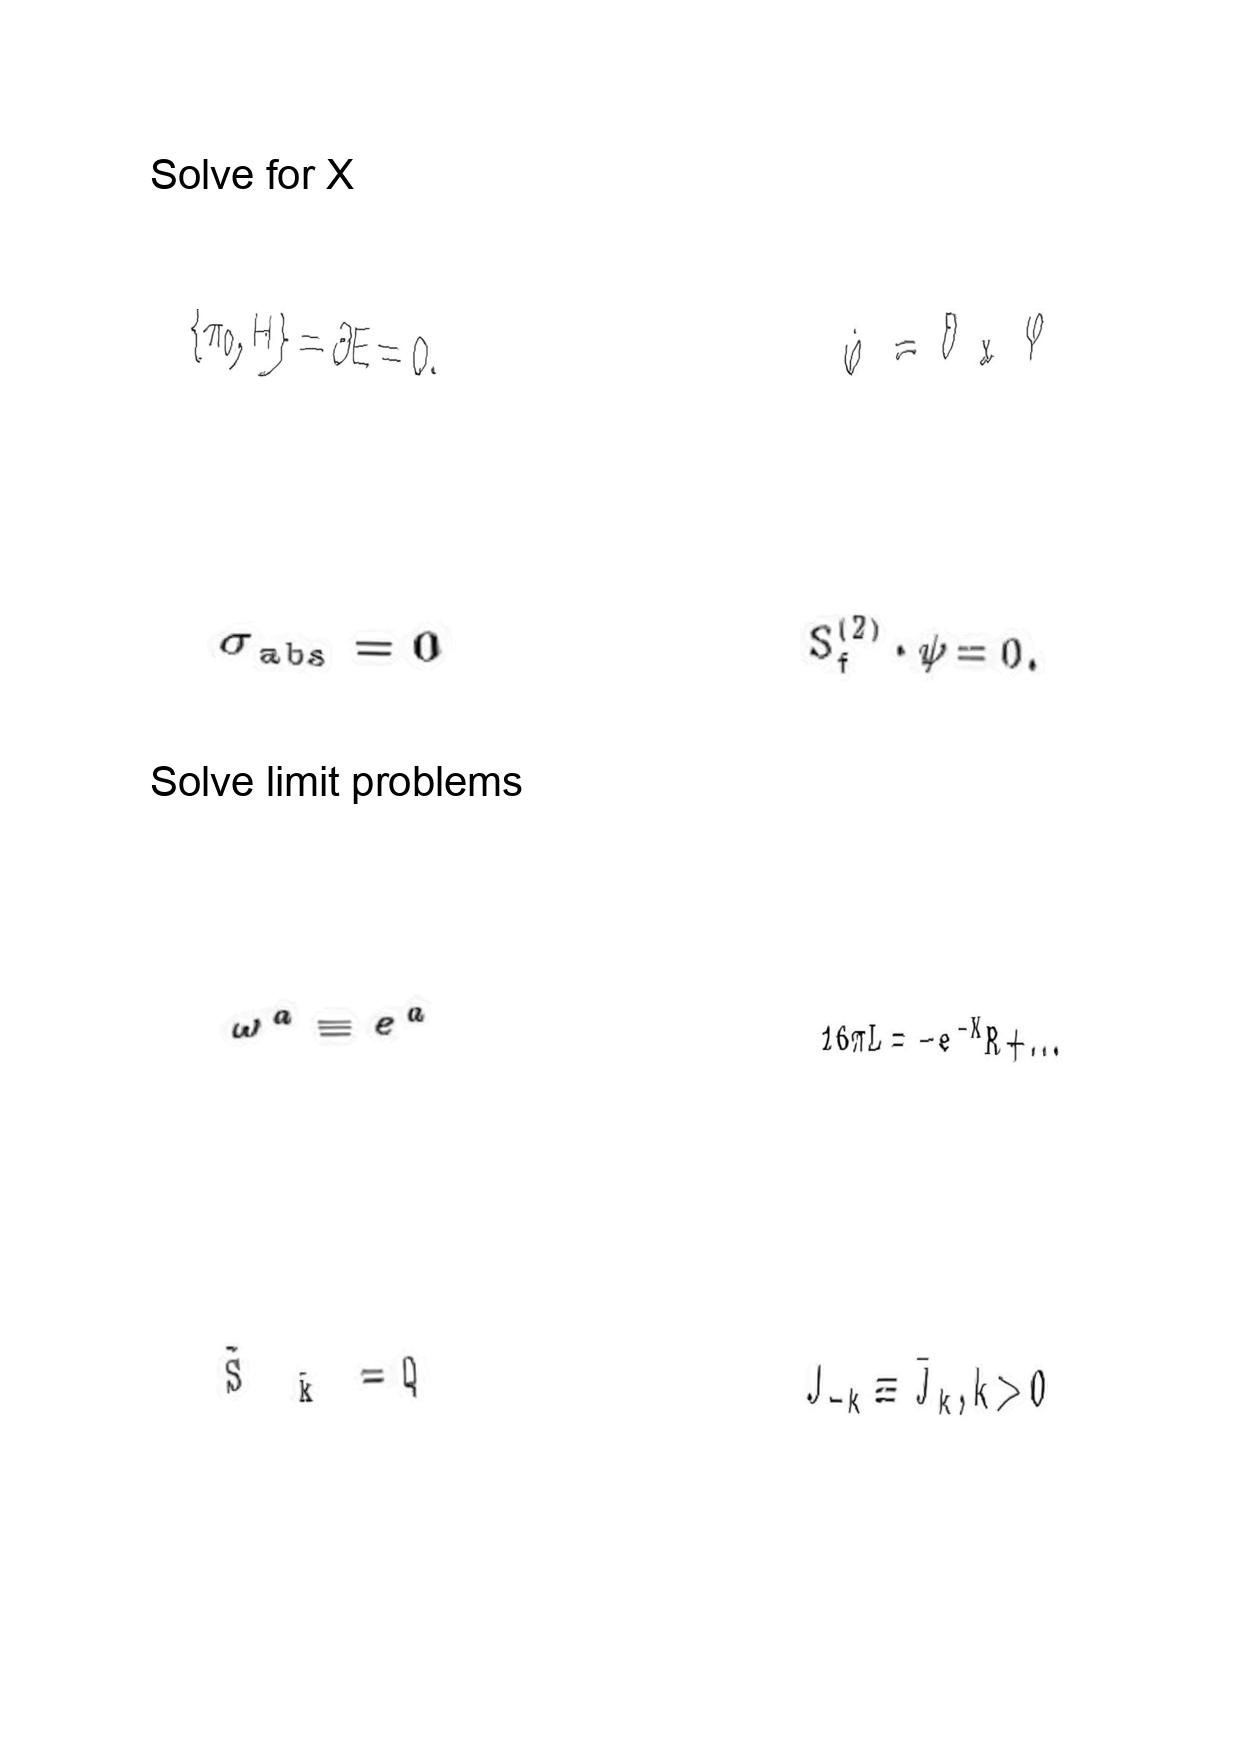
LaTeX transcription:
\lbrace \pi _ { 0 } , H \rbrace = \partial E = 0 .
\sigma _ { \mathrm { a b s } } = 0
\omega ^ { a } \equiv e ^ { a }
\tilde { S } _ { \tilde { k } } = Q
\dot { \varphi } = \partial _ { x } \varphi
S _ { f } ^ { \lparen 2 \rparen } \cdot \psi = 0 .
1 6 \pi L = - e ^ { - K } R + \ldots
J _ { - k } \equiv \bar { J } _ { k } , k \gt 0